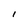
Character: l